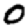
Digit: 0